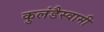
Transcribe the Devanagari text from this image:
कुलंडैस्वामी